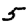
Digit: 5